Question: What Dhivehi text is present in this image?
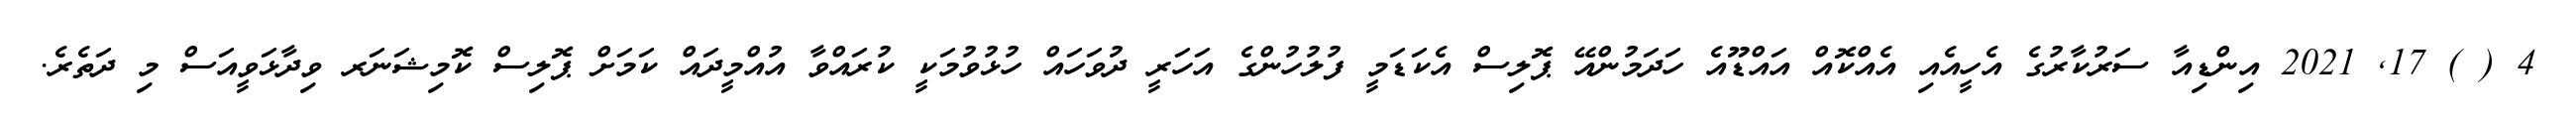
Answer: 4 ( ) 17, 2021 އިންޑިއާ ސަރުކާރުގެ އެހީއެއި އެއްކޮއް އައްޑޫއެ ހަދަމުންއޭ ޕޮލިސް އެކަޑަމީ ފުލުހުންގެ އަހަރީ ދުވަހައް ހުޅުވުމަކީ ކުރައްވާ އުއްމީދައް ކަމަށް ޕޮލިސް ކޮމިޝަނަރ ވިދާޅަވީއަސް މި ދަތެރެ.